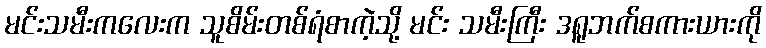
မင်းသမီးကလေးက သူစိမ်းတစ်ရံစာကဲ့သို့ မင်း သမီးကြီး ဒရူဘက်စကားယားကို